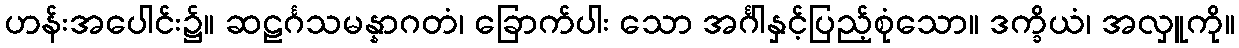
ဟန်းအပေါင်း၌။ ဆဠင်္ဂသမန္နာဂတံ၊ ခြောက်ပါး သော အင်္ဂါနှင့်ပြည့်စုံသော။ ဒက္ခိယံ၊ အလှူကို။